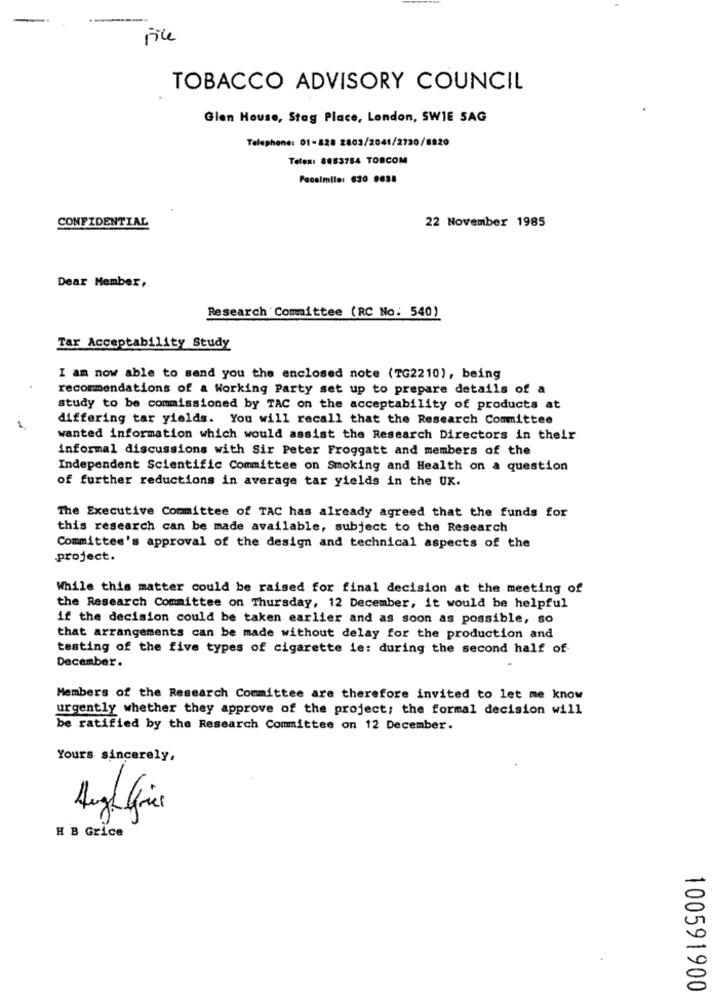
rice
TOBACCO ADVISORY COUNCIL
Glen House, Stag Place, London, SWIE SAG
Telephone: 01-828 2803/2041/2720/8920
Telex: 8883784 TOBCOM
Facsimile: 630 9038
CONFIDENTIAL
22 November 1985
Dear Member,
Research Committee (RC No. 540)
Tar Acceptability Study
I am now able to send you the enclosed note (TG2210), being
recommendations of a Working Party set up to prepare details of a
study to be commissioned by TAC on the acceptability of products at
differing tar yields. You will recall that the Research Committee
1
wanted information which would assist the Research Directors in their
informal discussions with Sir Peter Froggatt and members of the
Independent Scientific Committee on Smoking and Health on a question
of further reductions in average tar yields in the UK.
The Executive Committee of TAC has already agreed that the funds for
this research can be made available, subject to the Research
Committee's approval of the design and technical aspects of the
project.
While this matter could be raised for final decision at the meeting of
the Research Committee on Thursday, 12 December, it would be helpful
if the decision could be taken earlier and as soon as possible, so
that arrangements can be made without delay for the production and
testing of the five types of cigarette ie: during the second half of
December.
Members of the Research Committee are therefore invited to let me know
urgently whether they approve of the project; the formal decision will
be ratified by the Research Committee on 12 December.
Yours sincerely,
Aug Gie
H B Grice
100591900